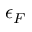
\epsilon _ { F }